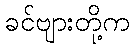
ခင်ဗျားတို့က